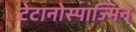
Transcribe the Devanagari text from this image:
टेटानोस्पाज्मिन